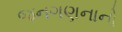
જનગણનાનો